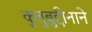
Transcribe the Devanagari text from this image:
कुतुबुद्दीनाने